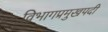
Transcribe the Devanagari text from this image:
विभागप्रमुखपदी